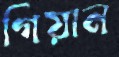
গিয়ান